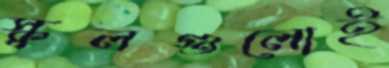
স্কুলগুলোই